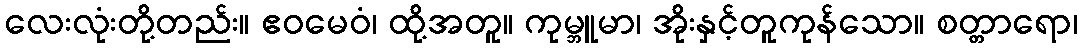
လေးလုံးတို့တည်း။ ဧဝမေဝံ၊ ထို့အတူ။ ကုမ္ဘူမာ၊ အိုးနှင့်တူကုန်သော။ စတ္တာရော၊